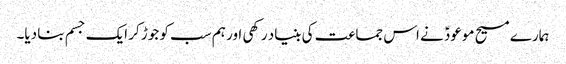
ہمارے مسیح موعودؑ نے اس جماعت کی بنیاد رکھی اور ہم سب کو جوڑ کر ایک جسم بنا دیا۔